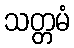
သတ္တမံ